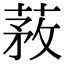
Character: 䓮